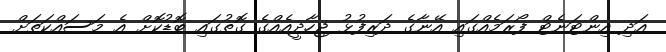
އަދި އިންޓަނެޓް ފޯރަމެއްގައި އޭނާގެ ދަރިފުޅު ޖިހާދީއެއްގެ ގޮތުގައި ބޮޑުކޮށް އެ މަސައްކަތަށް